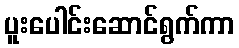
ပူးပေါင်းဆောင်ရွက်ကာ